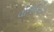
વોજકિકી